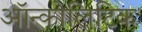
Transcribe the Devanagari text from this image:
ऑन्कोलिटिक